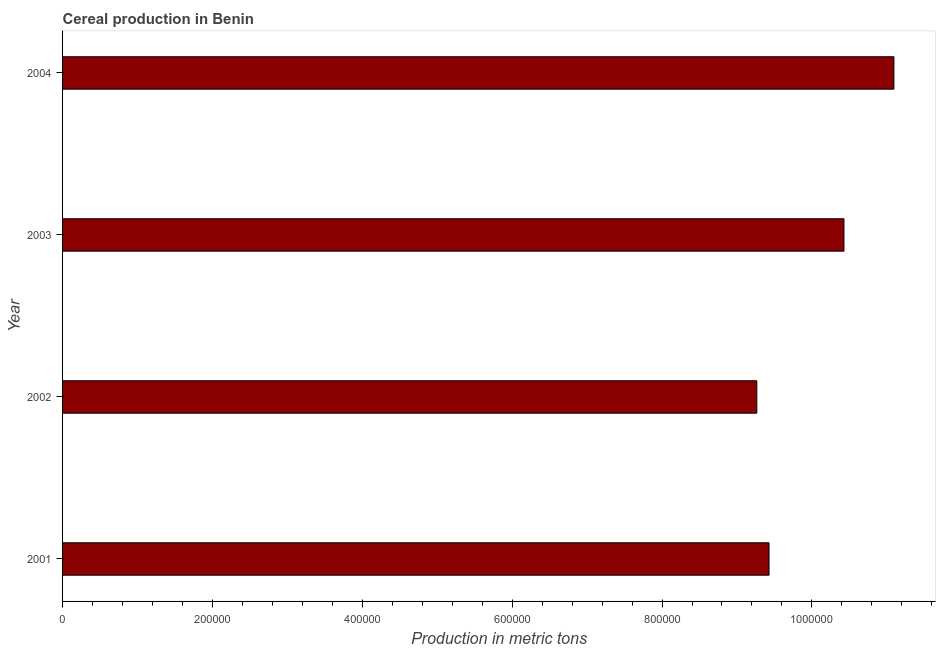
| Year | Cereal production |
 | --- | --- |
 | 2001 | 9.43e+05 |
 | 2002 | 9.26e+05 |
 | 2003 | 1.04e+06 |
 | 2004 | 1.11e+06 |